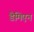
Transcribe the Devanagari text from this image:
डैमिएन